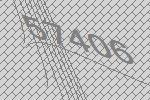
57406